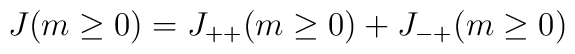
J(m \ge 0) = J_{++}(m \ge 0) + J_{-+}(m\ge 0)